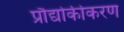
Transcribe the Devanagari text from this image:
प्रौद्योकीकरण